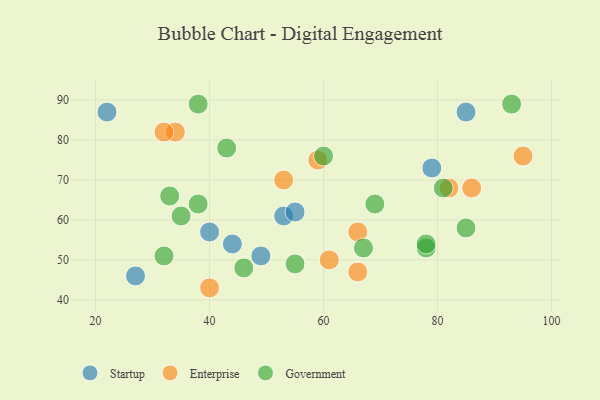
{"axis": {"x": "GDP", "y": "Life Expectancy"}, "legend": ["Enterprise", "Government", "Startup"], "data": [{"x": "53", "y": 61, "type": "Startup"}, {"x": "40", "y": 57, "type": "Startup"}, {"x": "22", "y": 87, "type": "Startup"}, {"x": "49", "y": 51, "type": "Startup"}, {"x": "79", "y": 73, "type": "Startup"}, {"x": "85", "y": 87, "type": "Startup"}, {"x": "27", "y": 46, "type": "Startup"}, {"x": "44", "y": 54, "type": "Startup"}, {"x": "55", "y": 62, "type": "Startup"}, {"x": "34", "y": 82, "type": "Enterprise"}, {"x": "66", "y": 47, "type": "Enterprise"}, {"x": "53", "y": 70, "type": "Enterprise"}, {"x": "32", "y": 82, "type": "Enterprise"}, {"x": "59", "y": 75, "type": "Enterprise"}, {"x": "40", "y": 43, "type": "Enterprise"}, {"x": "95", "y": 76, "type": "Enterprise"}, {"x": "86", "y": 68, "type": "Enterprise"}, {"x": "82", "y": 68, "type": "Enterprise"}, {"x": "66", "y": 57, "type": "Enterprise"}, {"x": "61", "y": 50, "type": "Enterprise"}, {"x": "60", "y": 76, "type": "Government"}, {"x": "69", "y": 64, "type": "Government"}, {"x": "93", "y": 89, "type": "Government"}, {"x": "38", "y": 64, "type": "Government"}, {"x": "33", "y": 66, "type": "Government"}, {"x": "81", "y": 68, "type": "Government"}, {"x": "32", "y": 51, "type": "Government"}, {"x": "78", "y": 53, "type": "Government"}, {"x": "85", "y": 58, "type": "Government"}, {"x": "35", "y": 61, "type": "Government"}, {"x": "67", "y": 53, "type": "Government"}, {"x": "43", "y": 78, "type": "Government"}, {"x": "78", "y": 54, "type": "Government"}, {"x": "55", "y": 49, "type": "Government"}, {"x": "46", "y": 48, "type": "Government"}, {"x": "38", "y": 89, "type": "Government"}]}